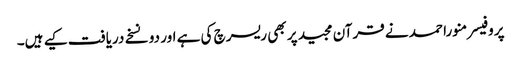
پروفیسر منورا حمد نے قرآن مجید پر بھی ریسرچ کی ہے اور دو نسخے دریافت کیے ہیں۔